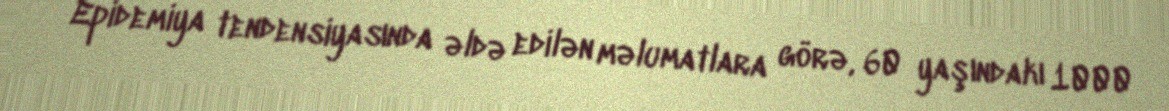
Epidemiya tendensiyasında əldə edilən məlumatlara görə, 60 yaşındakı 1000